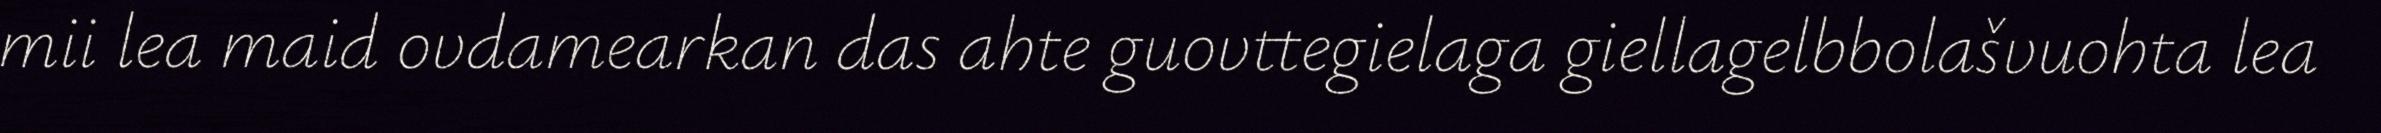
mii lea maid ovdamearkan das ahte guovttegielaga giellagelbbolašvuohta lea